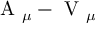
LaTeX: \mathrm { \boldmath ~ A ~ } _ { \mu } - \mathrm { \boldmath ~ V ~ } _ { \mu }